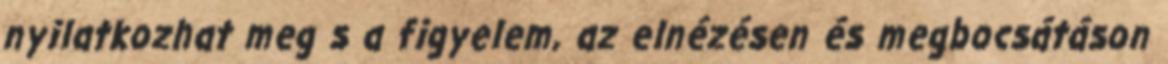
nyilatkozhat meg s a figyelem, az elnézésen és megbocsátáson